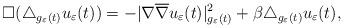
LaTeX: \begin{align*}\Box(\triangle_{g_{\varepsilon}(t)} u_{\varepsilon}(t))=-|\nabla\overline{\nabla}u_{\varepsilon}(t)|_{g_{\varepsilon}(t)}^{2}+\beta\triangle_{g_{\varepsilon}(t)} u_{\varepsilon}(t),\end{align*}